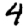
Digit: 4